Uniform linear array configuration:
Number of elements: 12
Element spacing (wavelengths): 0.75
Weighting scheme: exponential
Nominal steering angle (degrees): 45
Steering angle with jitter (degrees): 46.425
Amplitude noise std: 0.05
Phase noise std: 0.05

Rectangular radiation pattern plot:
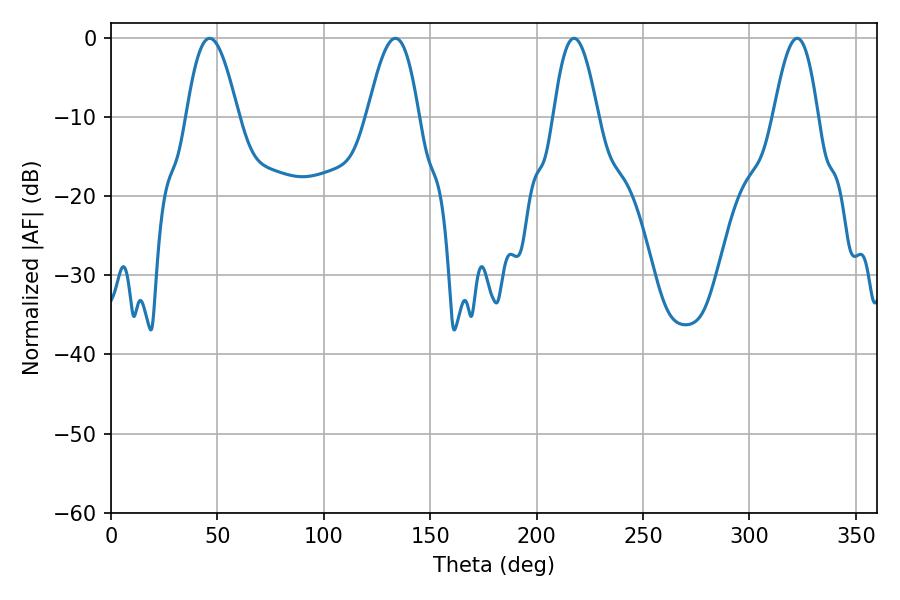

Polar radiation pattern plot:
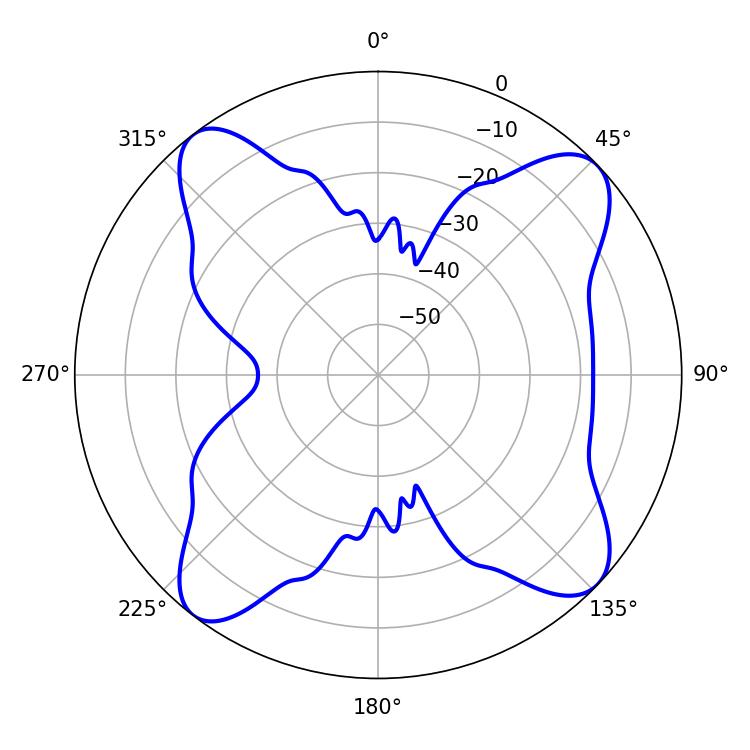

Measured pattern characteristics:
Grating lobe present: TRUE
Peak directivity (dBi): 12.539
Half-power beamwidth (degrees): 11.34
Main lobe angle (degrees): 217.62